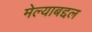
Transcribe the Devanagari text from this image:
मेल्याबद्दल